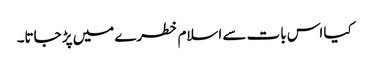
کیا اس بات سے اسلام خطرے میں پڑ جاتا۔